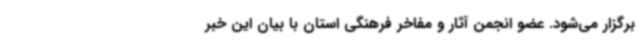
برگزار می‌شود. عضو انجمن آثار و مفاخر فرهنگی استان با بیان این خبر